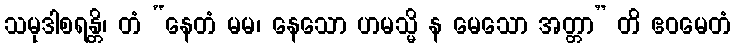
သမုဒါစရန္တိ၊ တံ “နေတံ မမ၊ နေသော ဟမသ္မိ န မေသော အတ္တာ” တိ ဧဝမေတံ